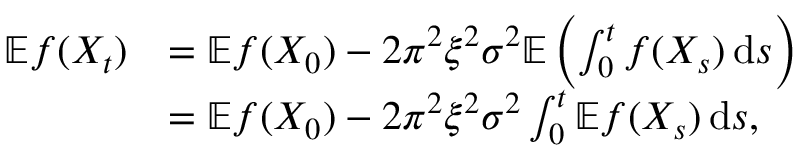
\begin{array} { r l } { \mathbb { E } f ( X _ { t } ) } & { = \mathbb { E } f ( X _ { 0 } ) - 2 \pi ^ { 2 } \xi ^ { 2 } \sigma ^ { 2 } \mathbb { E } \left( \int _ { 0 } ^ { t } f ( X _ { s } ) \, \mathrm { d } s \right) } \\ & { = \mathbb { E } f ( X _ { 0 } ) - 2 \pi ^ { 2 } \xi ^ { 2 } \sigma ^ { 2 } \int _ { 0 } ^ { t } \mathbb { E } f ( X _ { s } ) \, \mathrm { d } s , } \end{array}